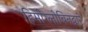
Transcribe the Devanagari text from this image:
हिमोग्लोबिनद्वारे